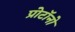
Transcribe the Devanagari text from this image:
प्रोटॉनो